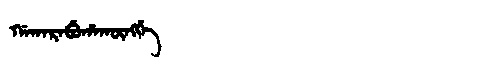
Manchu: ᡤᠠᡴᠠᡵᠠᠪᡠᡥᠠᡴᡡᠩᡤᡝ
Romanization: GAKARABUHAKŪNGGE